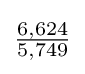
{\tfrac {6,624}{5,749}}